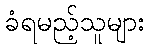
ခံရမည့်သူများ